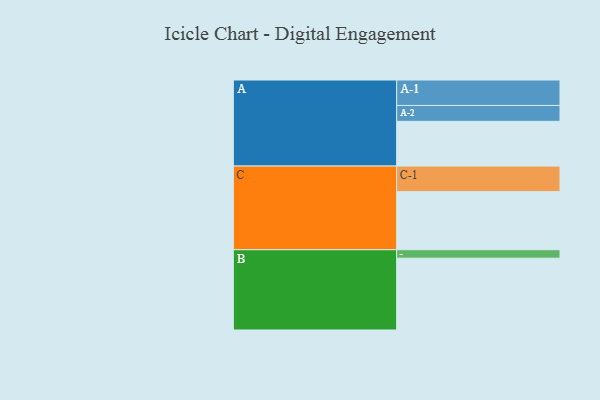
{"axis": {"x": "Segment", "y": "Value"}, "legend": ["", "A", "B", "C"], "data": [{"x": "A", "y": 355, "type": ""}, {"x": "B", "y": 570, "type": ""}, {"x": "C", "y": 461, "type": ""}, {"x": "A-1", "y": 202, "type": "A"}, {"x": "A-2", "y": 126, "type": "A"}, {"x": "B-1", "y": 67, "type": "B"}, {"x": "C-1", "y": 203, "type": "C"}]}